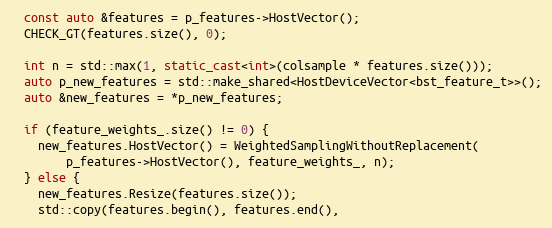
Language: C++
  const auto &features = p_features->HostVector();
  CHECK_GT(features.size(), 0);

  int n = std::max(1, static_cast<int>(colsample * features.size()));
  auto p_new_features = std::make_shared<HostDeviceVector<bst_feature_t>>();
  auto &new_features = *p_new_features;

  if (feature_weights_.size() != 0) {
    new_features.HostVector() = WeightedSamplingWithoutReplacement(
        p_features->HostVector(), feature_weights_, n);
  } else {
    new_features.Resize(features.size());
    std::copy(features.begin(), features.end(),